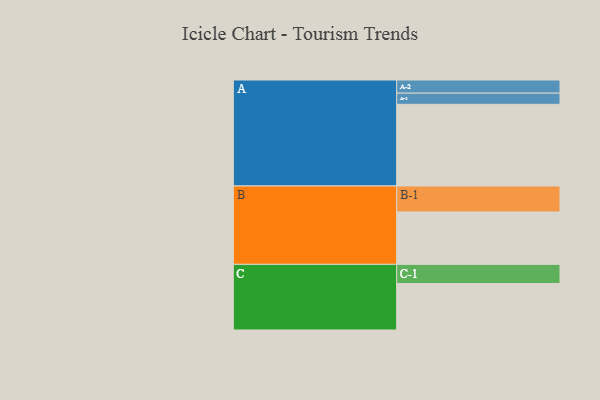
{"axis": {"x": "Segment", "y": "Value"}, "legend": ["", "A", "B", "C"], "data": [{"x": "A", "y": 597, "type": ""}, {"x": "B", "y": 383, "type": ""}, {"x": "C", "y": 340, "type": ""}, {"x": "A-1", "y": 82, "type": "A"}, {"x": "A-2", "y": 96, "type": "A"}, {"x": "B-1", "y": 190, "type": "B"}, {"x": "C-1", "y": 140, "type": "C"}]}